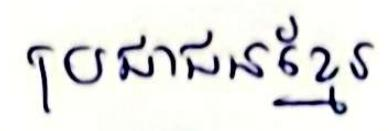
ប្រជាជនខ្មែរ